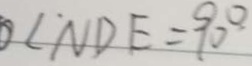
\angle N D E = 9 0 ^ { \circ }